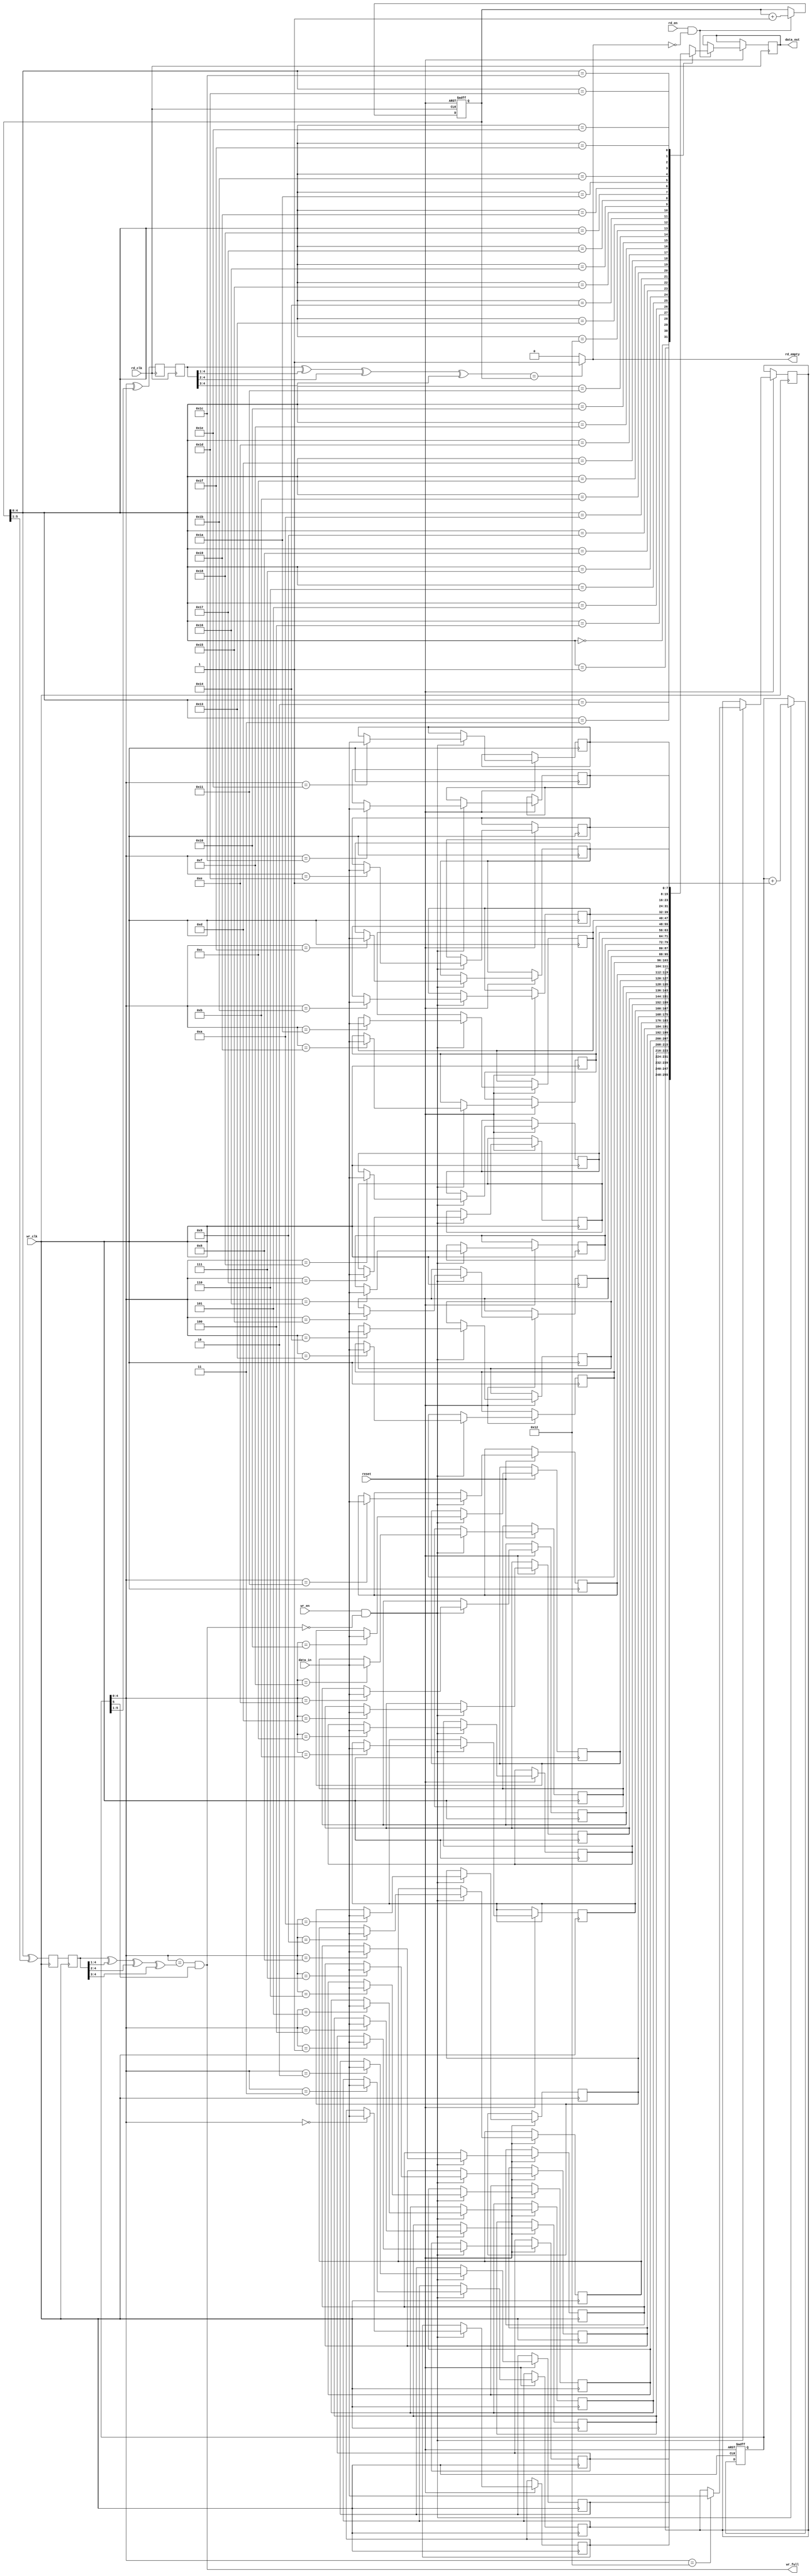

//*********************************************************
//Module: Asynchronous 32 byte FIFO memory with dual clocks
//Description: This moduele has a single 32 byte memory which
//					is controlled by two different clocks. One clock
//					is used to read and other is used to write onto 
//					FIFO.
//*********************************************************
`timescale 100ns/1ns
module asy_fifo (reset,wr_en,rd_en, rd_clk, wr_clk, data_in,
					 data_out, wr_full, rd_empty);

input 	  reset;//Single reset
input 	  rd_en, wr_en, rd_clk, wr_clk;//read/write enable and clock signals
output 	  wr_full, rd_empty;//Two flags to show if FIFO is empty or full
input 	  [7:0] data_in;//Since its 32 byte FIFO, FIFO data input is required to be 1 byte = 8 bits
output reg [7:0] data_out;//FIFO Data output is also 1 byte = 8 bits 




//Internal register and wires
reg  [4:0]  rd_sync_1, rd_sync_2;//Used for synching purpose of read pointers, 0 to 4 is 5, 2^5=32
reg  [4:0]  wr_sync_1, wr_sync_2;//Used for synching purpose of write pointers
wire [4:0]  rd_pointer_g,wr_pointer_g;//These hold the gray_code output of binary read/write pointers

//These are 6 bit because we need an extra bit to determine the FIFO's full/empty flags
//Check at the end how this one extra bit is used
reg  [5:0]	  wr_pointer,rd_pointer;// read/write pointers which are incremented to perform read/write operations
wire [5:0]	  wr_pointer_sync,rd_pointer_sync;//They hold the Synched output of read/write pointers





//*********************************************************
//STEP-1: Create memory
//*********************************************************
//creating 32 byte memory (32 registers of 8 bit each)
reg [7:0] mem [31:0];  



initial begin
wr_pointer <= 0;
rd_pointer <= 0;
end
//*********************************************************
//STEP-2: Create Write pointer 
//*********************************************************
//--write logic--//
// write only happens if FIFO is not full and read_enable is high
// If FIFO is not full, increment the write pointer and put data in FIFO
always @(posedge wr_clk or negedge reset) 
	begin
		if (!reset) // reset
			begin 
				wr_pointer <= 0;
			end
		
		else if (wr_en && (wr_full == 1'b0)) 
			begin
				mem[wr_pointer[4:0]] <= data_in; // store data in FIFO at new pointer value
				wr_pointer <= wr_pointer + 1; // increment write pointer
				//here we're only using wr_pointer[4:0] i.e 5 bits. the 6th bit is not needed because memory has depth of 32.
				// only 5 bit addresses are enough to get to any of 32 registers. The same explanation will follow wherever you 
				// see this [4:0].
			end
	end




//*********************************************************
//STEP-3: Create Read pointer 
//*********************************************************
//--read logic--//
// read only happens if FIFO is not empty and write_enable is high
// If FIFO is not empty, increment the read pointer and take data out of FIFO
always @(posedge rd_clk or negedge reset) 
	begin
		if (!reset) 
			begin
				rd_pointer <= 0;
			end
	
		else if (rd_en && (rd_empty == 1'b0)) 
			begin
				data_out <= mem[rd_pointer[4:0]];// Take data out of FIFO at new pointer value
				rd_pointer <= rd_pointer + 1;// increment read pointer
				
			end	
	end




//*********************************************************
//STEP-4: Convert Read/Write binary pointers to Gray code 
//*********************************************************
//--binary code to gray code--//
assign wr_pointer_g = wr_pointer ^ (wr_pointer >> 1);
assign rd_pointer_g = rd_pointer ^ (rd_pointer >> 1);





//*********************************************************
//STEP-5: Synchronize Read/Write pointers
//*********************************************************
//--read pointer synchronizer controled by write clock
//We need two flip flops in synchronizers
always @(posedge wr_clk) begin
	rd_sync_1 <= rd_pointer_g;//First synchronizer flip flip
	rd_sync_2 <= rd_sync_1;//second synchronizer flip flip
end
//--write pointer synchronizer controled by read clock
always @(posedge rd_clk) begin
	wr_sync_1 <= wr_pointer_g;//First synchronizer flip flip
	wr_sync_2 <= wr_sync_1;//second synchronizer flip flip
end






//************************************************************************
//STEP-6: Convert Read/Write Gray pointers back to synched binary pointers 
//************************************************************************
//--gray code to binary code--//
assign wr_pointer_sync = wr_sync_2 ^ (wr_sync_2 >> 1) ^ (wr_sync_2 >> 2) ^ (wr_sync_2 >> 3);
assign rd_pointer_sync = rd_sync_2 ^ (rd_sync_2 >> 1) ^ (rd_sync_2 >> 2) ^ (rd_sync_2 >> 3);





//************************************************************************
//STEP-7: logic for Full and empty signals
//************************************************************************
//When only MSB of read pointer and write pointer do not match, FIFO is full
assign wr_full = ((wr_pointer[4:0] == rd_pointer_sync[4:0]) && (wr_pointer[5] != rd_pointer_sync[5] ));

//When read pointer's bits are equal to write pointer's bits, FIFO is Empty
assign rd_empty = (wr_pointer_sync == rd_pointer)?1'b1:1'b0;

endmodule